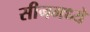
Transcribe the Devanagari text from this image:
सीनमध्ये